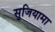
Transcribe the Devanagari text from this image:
सुजियामा